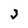
Character: 3